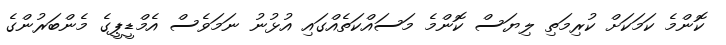
ކޮންމެ ކަމަކަށް ކުރިމަތި ލިޔަސް ކޮންމެ މަސައްކަތެއްގައި އުޅުނު ނަމަވެސް އެމްޑީޕީގެ މެންބަރުންގެ